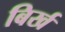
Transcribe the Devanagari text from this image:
बिर्ख